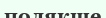
полякше